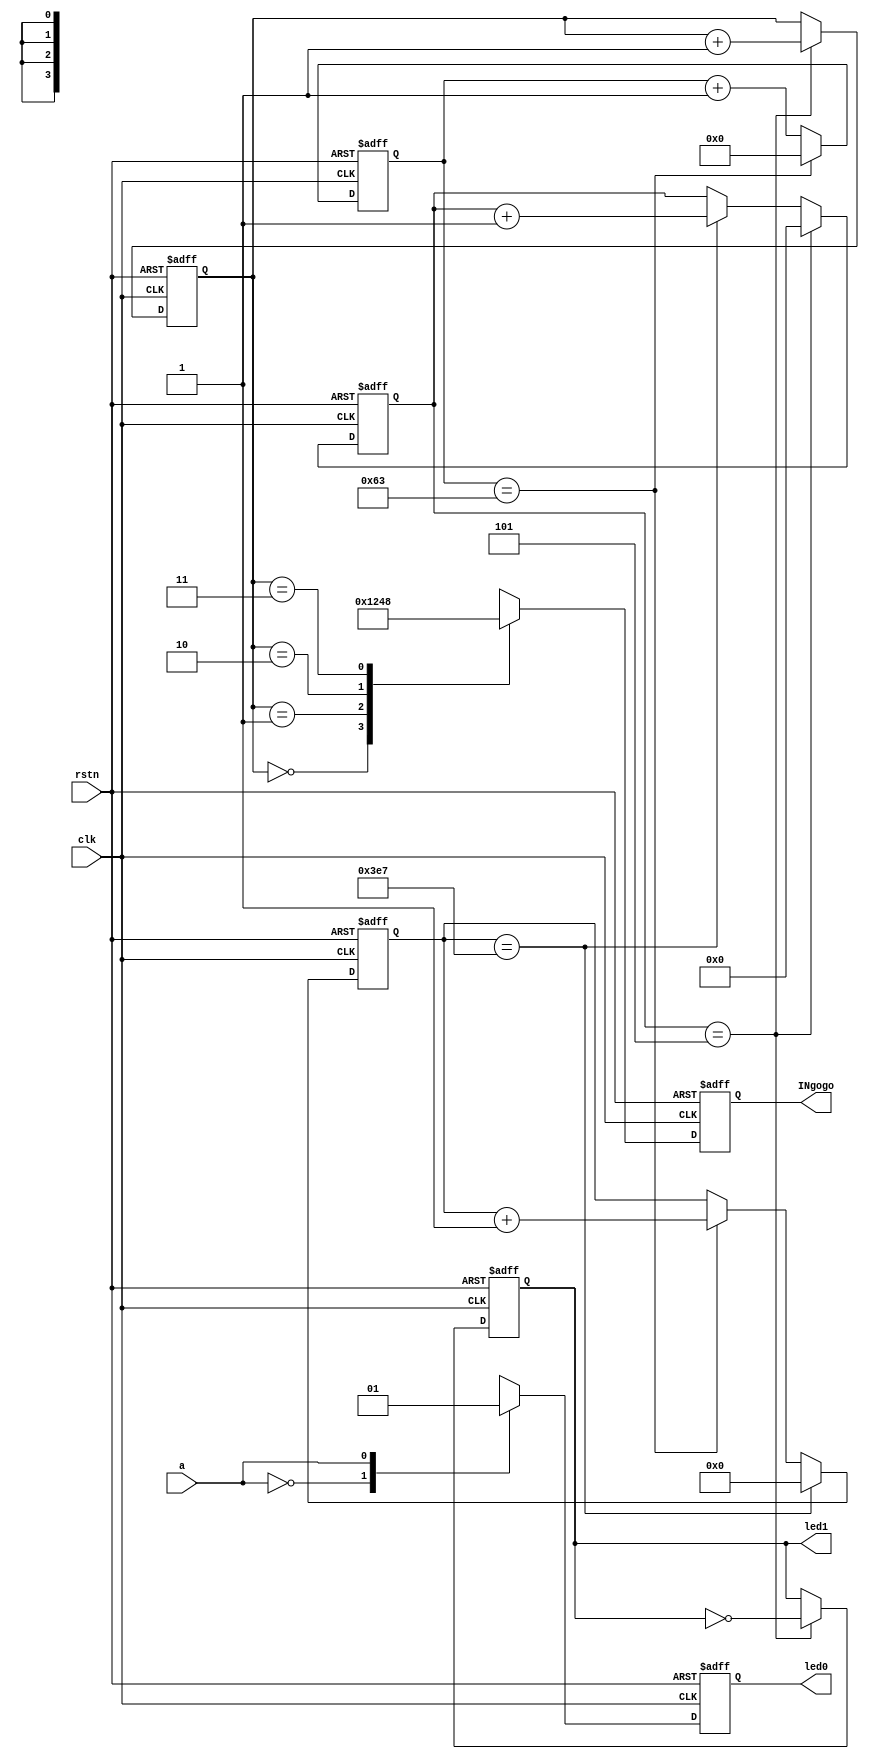
//==============================================================================
// Module name: testULN2003
// Description: test ULN2003 
// -------------------------------------------------
// Modification log here:
// Author     :
// Date       : 
// Message    :
//==============================================================================
module testULN2003
(
  input               clk,
  input               a,
  input               rstn,

  output  reg  [3:0]  INgogo,
  output  reg         led0,
  output  reg         led1
);

  reg  [6:0]  cnt100;
  reg  [9:0]  cnt1000;
  reg  [3:0]  cnt_speed;
  reg  [1:0]  fsm;

  always@(posedge clk or negedge rstn) begin //10 * 100 = 1000 ns = 1us
    if(!rstn) begin
      cnt100 <= 7'd0;
    end
    else if(cnt100 == 7'd99) begin
      cnt100 <= 7'd0;
    end
    else begin
      cnt100 <= cnt100 + 1'b1;
    end
  end

  always@(posedge clk or negedge rstn) begin //1 * 1000 = 1000 us = 1ms
    if(!rstn) begin
      cnt1000 <= 10'd0;
    end
    else if(cnt1000 == 10'd999) begin
      cnt1000 <= 10'd0;
    end
    else if(cnt100 == 7'd99) begin
      cnt1000 <= cnt1000 + 1'b1;
    end
  end

  always@(posedge clk or negedge rstn) begin //1ms * 6 = 6ms
    if(!rstn) begin
      cnt_speed <= 4'd0;
      fsm <= 2'b00;
      led1   <= 1'b0;
    end
    else if(cnt_speed == 4'd5) begin
      cnt_speed <= 4'd0;
      led1  <= ~led1;
      fsm <= fsm + 1'b1;
    end
    else if(cnt1000 == 10'd999) begin
      cnt_speed <= cnt_speed + 1'b1;
    end
  end

  always@(posedge clk or negedge rstn) begin
    if(!rstn) begin
      INgogo <= 4'd0;
    end
    else begin
      case(fsm)
        2'b00:INgogo <= 4'b0001;
        2'b01:INgogo <= 4'b0010;
        2'b10:INgogo <= 4'b0100;
        2'b11:INgogo <= 4'b1000;
        default:;
      endcase
    end
  end

  always@(posedge clk or negedge rstn) begin
    if(!rstn) begin
      led0 <= 1'b0;
    end
    else 
      case(a)
        1'b0:led0 <= 1'b0;
        1'b1:led0 <= 1'b1;
        default:;
      endcase
  end

endmodule